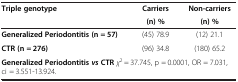
<table><thead><tr><td rowspan="2"><b>Triple genotype</b></td><td><b>Carriers</b></td><td><b>Non-carriers</b></td></tr><tr><td><b>(n) %</b></td><td><b>(n) %</b></td></tr></thead><tbody><tr><td><b>Generalized Periodontitis (n = 57)</b></td><td>(45) 78.9</td><td>(12) 21.1</td></tr><tr><td><b>CTR (n = 276)</b></td><td>(96) 34.8</td><td>(180) 65.2</td></tr><tr><td colspan="3"><b>Generalized Periodontitis </b><b><i>vs </i></b><b>CTR</b><i>χ</i><sup>2</sup> = 37.745, p = 0.0001, OR = 7.031, ci = 3.551-13.924.</td></tr></tbody></table>